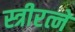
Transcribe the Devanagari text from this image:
स्त्रीरत्ने